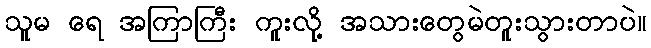
သူမ ရေ အကြာကြီး ကူးလို့ အသားတွေမဲတူးသွားတာပဲ။